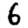
Digit: 6